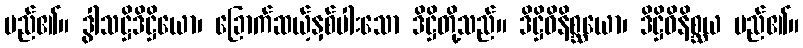
မည်၏။ ဒွါသဋ္ဌိဒိဋ္ဌိယော၊ ခြောက်ဆယ့်နှစ်ပါးသော ဒိဋ္ဌိတို့သည်။ ဒိဋ္ဌိဝိနိစ္ဆယော၊ ဒိဋ္ဌိဝိနိစ္ဆယ မည်၏။